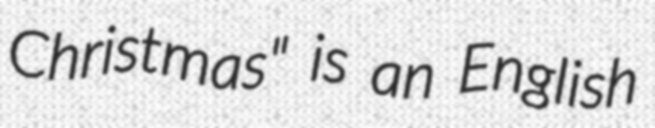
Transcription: Christmas" is an English